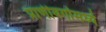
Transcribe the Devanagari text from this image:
प्राणीवर्गामध्ये